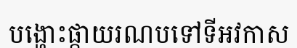
បង្ហោះផ្កាយរណបទៅទីអវកាស